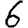
Digit: 6